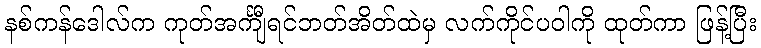
နစ်ကန်ဒေါလ်က ကုတ်အင်္ကျီရင်ဘတ်အိတ်ထဲမှ လက်ကိုင်ပဝါကို ထုတ်ကာ ဖြန့်ပြီး